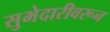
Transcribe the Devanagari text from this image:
सुभेदारीवरून